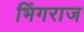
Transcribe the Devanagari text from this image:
भिंगराज